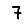
Digit: 7